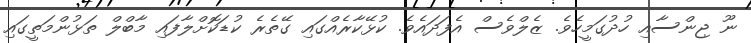
ނޫ ޖިންސާއި ހުދުގަމީހެވެ. ޒެލްވެސް އެފަދައެވެ. ކުޅޭކާރެއްގައި ގޭތެރެ ކުޑަކޮށްލާފައި މާބްލް ތަޅުންމަތީގައި